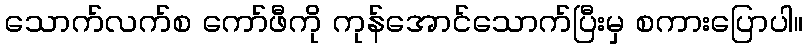
သောက်လက်စ ကော်ဖီကို ကုန်အောင်သောက်ပြီးမှ စကားပြောပါ။